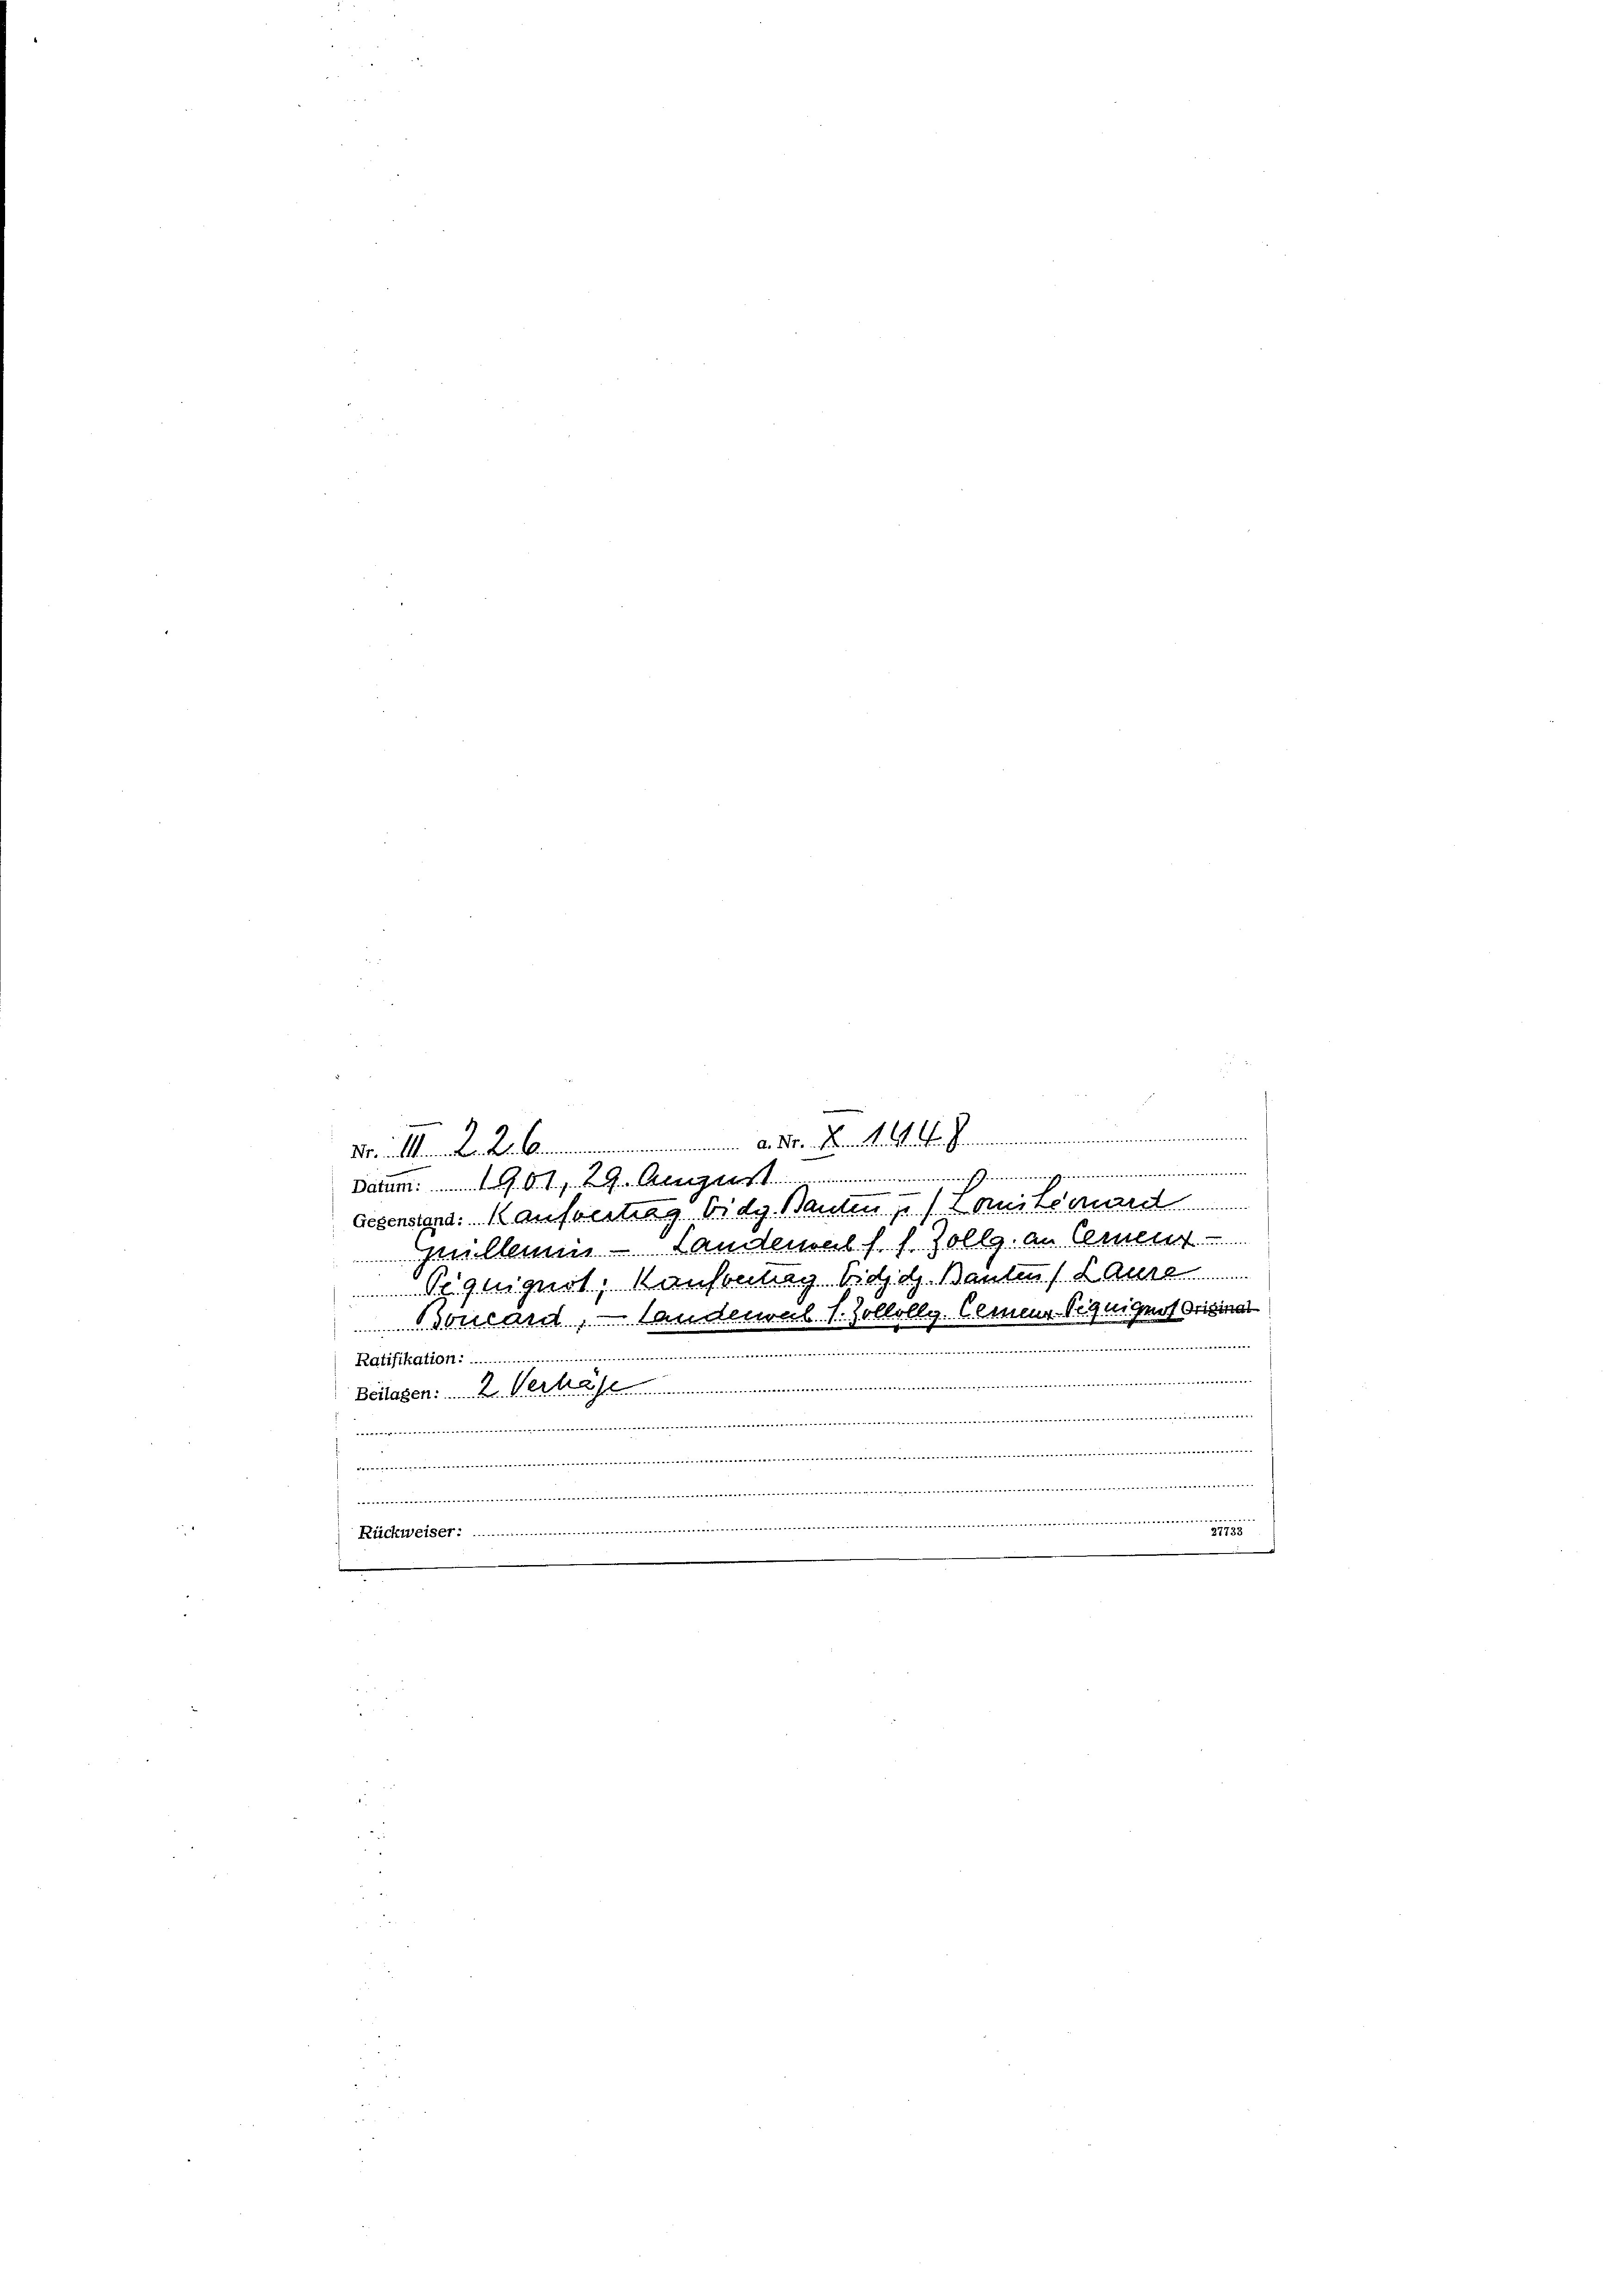
de
44 f.
nenen der eben Semesten Streiten Gemeinemmen
Mitten. K. K. A.
immersimmmummmenmannen
Batum . . . . . . Aben
7
gegenstand. Kaufvertrag bidganten Mann
peillenen Landemals s. Zollg. An Gren
Pennigert, Kaustellg. Bd. d. Bauten Laus
al. s. Zollollg. Cemeures Grof Origina
un, anden
Fenkirten ......
i
Beilagen am....................................................................................................................................
e
idee de
m
eiteresseiter........
..
Pickweiser
31735
e
.